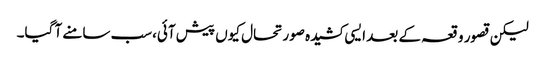
لیکن قصور وقعہ کے بعد ایسی کشیدہ صورتحال کیوں پیش آئی،سب سامنے آ گیا۔